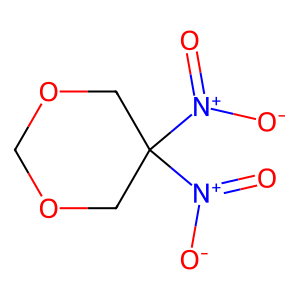
SMILES: O=[N+]([O-])C1([N+](=O)[O-])COCOC1
Inhibits HIV replication: No